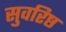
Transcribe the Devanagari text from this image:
सुवरिष्ठ